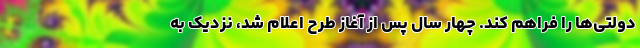
دولتی‌ها را فراهم کند. چهار سال پس از آغاز طرح اعلام شد، نزدیک به